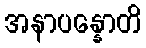
အနာပန္နောတိ